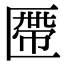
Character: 𠥖